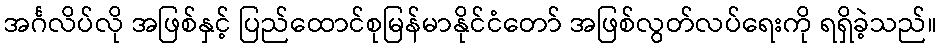
အင်္ဂလိပ်လို အဖြစ်နှင့် ပြည်ထောင်စုမြန်မာနိုင်ငံတော် အဖြစ်လွတ်လပ်ရေးကို ရရှိခဲ့သည်။